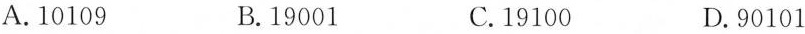
A.10109 B.19001 C.19100 D.90101